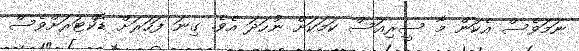
ނަމަވެސް އެކަން މާ ސީރިއަސް ކަމަކަށް ނުހަދަ އެވެ. ގިނަ ފަހަރަށް ޑޮކްޓަރަށްވެސް